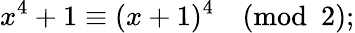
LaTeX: x^{4}+1\equiv(x+1)^{4}{\pmod{2}};